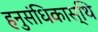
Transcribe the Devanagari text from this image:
हनुसंधिकास्थि